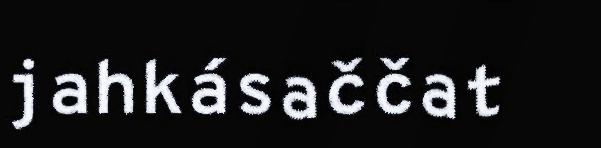
jahkásaččat